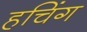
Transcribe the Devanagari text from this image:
हचिंग